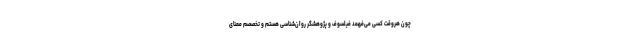
چون هروقت کسی می‌فهمد فیلسوف و پژوهشگر روان‌شناسی هستم و تخصصم معنای